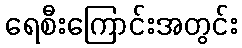
ရေစီးကြောင်းအတွင်း